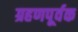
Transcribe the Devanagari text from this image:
ग्रहणपूर्वक